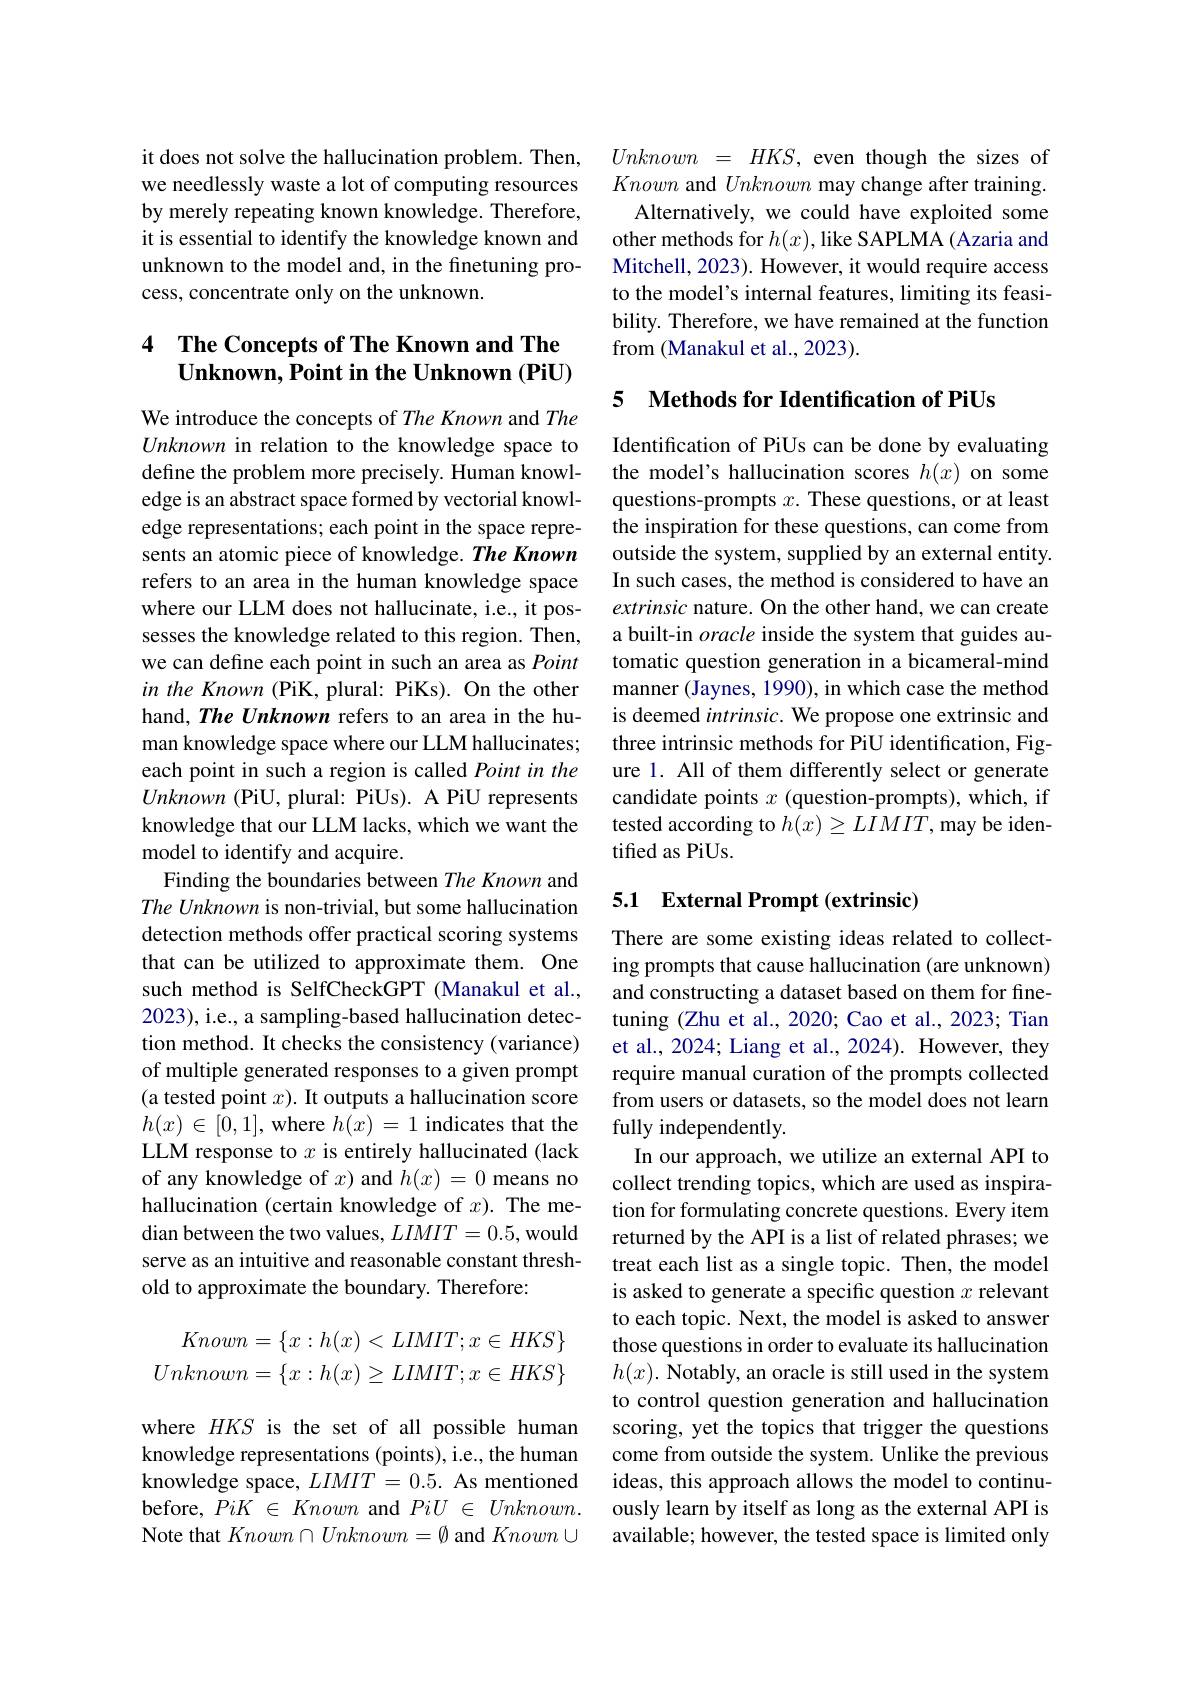
it does not solve the hallucination problem. Then, we needlessly waste a lot of computing resources by merely repeating known knowledge. Therefore, it is essential to identify the knowledge known and unknown to the model and, in the finetuning process, concentrate only on the unknown.

## 4 The Concepts of The Known and The Unknown, Point in the Unknown (PiU)

We introduce the concepts of The Known and The Unknown in relation to the knowledge space to define the problem more precisely. Human knowledge is an abstract space formed by vectorial knowledge representations; each point in the space represents an atomic piece of knowledge. The Known refers to an area in the human knowledge space where our LLM does not hallucinate, i.e., it possesses the knowledge related to this region. Then, we can define each point in such an area as Point in the Known (PiK, plural: PiKs). On the other hand, The Unknown refers to an area in the human knowledge space where our LLM hallucinates; each point in such a region is called Point in the Unknown (PiU, plural: PiUs). A PiU represents knowledge that our LLM lacks, which we want the model to identify and acquire.
Finding the boundaries between The Known and The Unknown is non-trivial, but some hallucination detection methods offer practical scoring systems that can be utilized to approximate them. One such method is SelfCheckGPT (Manakul et al., 2023), i.e., a sampling-based hallucination detection method. It checks the consistency (variance) of multiple generated responses to a given prompt (a tested point $x).$ It outputs a hallucination score $h(x)\in[0,1]$,where $h(x)=1$ indicates that the LLM response to $x$ is entirely hallucinated (lack of any knowledge of $x$) and $h(x)=0$ means no hallucination (certain knowledge of $x).$ The median between the two values, $LIMIT=0.5$, would serve as an intuitive and reasonable constant threshold to approximate the boundary. Therefore:
$$\begin{aligned}Known&=\{x:h(x)<LIMIT;x\in HKS\}\\Unknown&=\{x:h(x)\ge LIMIT;x\in HKS\}\end{aligned}$$
where $HKS$ is the set of all possible human knowledge representations (points), i.e., the human knowledge space, $LIMIT=0.5.$ As mentioned before, PiK $\in$ Known and PiU $\in$ $Unknown.$ Note that $Known\cap Unknown=\emptyset$ and $Known\cup$

$Unknown~=~HKS,~$even though the sizes of Known and Unknown may change after training.
Alternatively, we could have exploited some other methods for $h(x)$, like SAPLMA (Azaria and Mitchell, 2023). However, it would require access to the model's internal features, limiting its feasibility. Therefore, we have remained at the function from (Manakul et al., 2023).

### 5 Methods for Identification of PiUs

Identification of PiUs can be done by evaluating the model's hallucination scores $h(x)$ on some questions-prompts $x.$ These questions, or at least the inspiration for these questions, can come from outside the system, supplied by an external entity. In such cases, the method is considered to have an extrinsic nature. On the other hand, we can create a built-in oracle inside the system that guides automatic question generation in a bicameral-mind manner (Jaynes, 1990), in which case the method is deemed intrinsic. We propose one extrinsic and three intrinsic methods for PiU identification, Figure 1. All of them differently select or generate candidate points $x$ (question-prompts), which, if tested according to $h(x)\geq LIMIT$,may be identified as PiUs.

## 5.1 External Prompt (extrinsic)

There are some existing ideas related to collecting prompts that cause hallucination (are unknown) and constructing a dataset based on them for finetuning (Zhu et al., 2020; Cao et al., 2023; Tian et al., 2024; Liang et al., 2024). However, they require manual curation of the prompts collected from users or datasets, so the model does not learn fully independently.
In our approach, we utilize an external API to collect trending topics, which are used as inspiration for formulating concrete questions. Every item returned by the API is a list of related phrases; we treat each list as a single topic. Then, the model is asked to generate a specific question $x$ relevant to each topic. Next, the model is asked to answer those questions in order to evaluate its hallucination $h(x).$ Notably, an oracle is still used in the system to control question generation and hallucination scoring, yet the topics that trigger the questions come from outside the system. Unlike the previous ideas, this approach allows the model to continuously learn by itself as long as the external API is available; however, the tested space is limited only